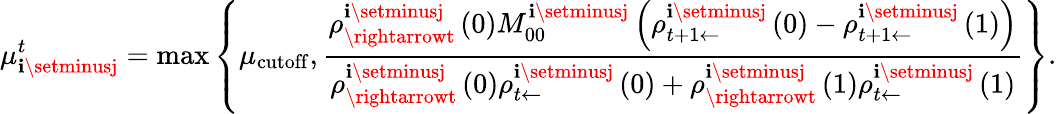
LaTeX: \mu_{\mathbf{i}\setminusj}^{t}=\operatorname*{max}\left\{ \mu_{\mathrm{{cutoff}}},\frac{{\rho_{\rightarrowt}^{\mathbf{i}\setminusj}\left(0\right)M_{00}^{\mathbf{i}\setminusj}\left(\rho_{t+1\leftarrow}^{\mathbf{i}\setminusj}\left(0\right)-\rho_{t+1\leftarrow}^{\mathbf{i}\setminusj}\left(1\right)\right)}}{{\rho_{\rightarrowt}^{\mathbf{i}\setminusj}\left(0\right)\rho_{t\leftarrow}^{\mathbf{i}\setminusj}\left(0\right)+\rho_{\rightarrowt}^{\mathbf{i}\setminusj}\left(1\right)\rho_{t\leftarrow}^{\mathbf{i}\setminusj}\left(1\right)}}\right\} .